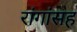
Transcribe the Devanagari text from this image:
रांगांसह